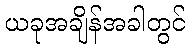
ယခုအချိန်အခါတွင်